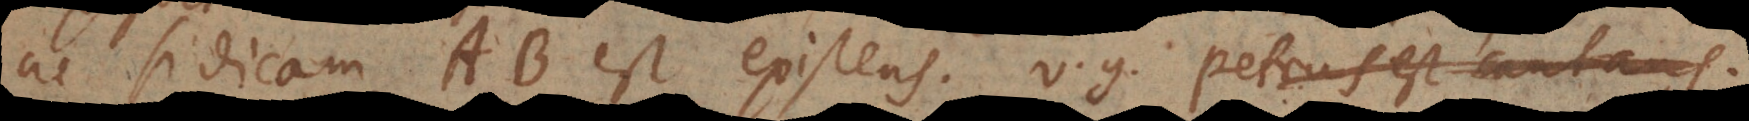
ac si dicam AB est existens, v.g. Petrus est cantan